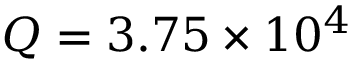
Q = 3 . 7 5 \times 1 0 ^ { 4 }